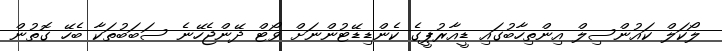
ލޯކަލް ކައުންސިލް އިންތިހާބުގައި ޑީއާރުޕީގެ ކެންޑިޑޭޓުންނަށް ވޯޓް ދޭންޖެހޭނެ ސަބަބުތަކާ ބެހޭ ގޮތުން